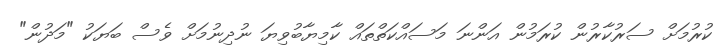
ކުރުމަށް ސަރުކާރުން ކުރަމުން އަންނަ މަސައްކަތްތައް ކާމިޔާބުވިޔަ ނުދިނުމަށް ވެސް ބަޔަކު "މަދުން"